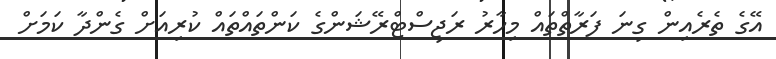
އޭގެ ތެރެއިން ގިނަ ފަރާތްތައް މިހާރު ރަޖިސްޓްރޭޝަންގެ ކަންތައްތައް ކުރިއަށް ގެންދާ ކަމަށް